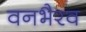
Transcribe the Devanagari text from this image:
वनभैरव